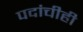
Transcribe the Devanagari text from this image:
पदांचीही